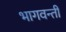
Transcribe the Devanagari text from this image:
भागवन्ती